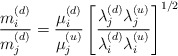
\begin{align*}{m^{(d)}_{i}\over m^{(d)}_{j}}={\mu^{(d)}_{i}\over\mu^{(u)}_{j}}\left[{{\lambda_{j}^{(d)}\lambda_{j}^{(u)}}\over{\lambda_{i}^{(d)}\lambda_{i}^{(u)}}}\right]^{1/2}\end{align*}